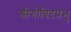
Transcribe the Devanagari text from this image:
श्रीगोविंदप्रभु